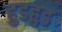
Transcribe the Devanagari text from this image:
हुडहुड